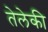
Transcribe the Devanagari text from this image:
तेलेकी